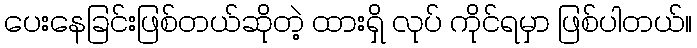
ပေးနေခြင်းဖြစ်တယ်ဆိုတဲ့ ထားရှိ လုပ် ကိုင်ရမှာ ဖြစ်ပါတယ်။